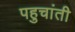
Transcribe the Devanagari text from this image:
पहुचांती